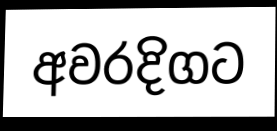
අවරදිගට